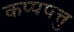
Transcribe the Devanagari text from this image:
कप्पपत्तु